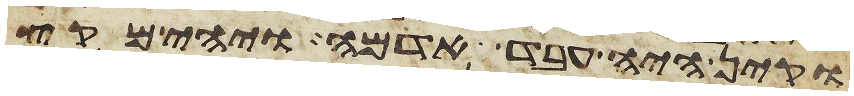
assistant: וקין היה עבד אדמה ויהי מקץ